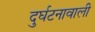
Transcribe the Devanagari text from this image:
दुर्घटनावाली